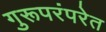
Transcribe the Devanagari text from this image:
गुरूपरंपरेत